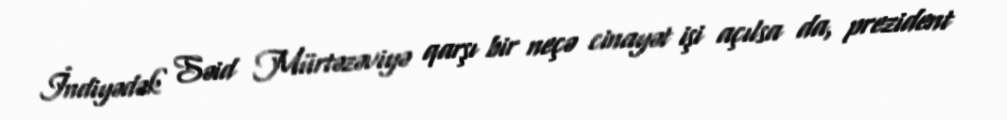
İndiyədək Səid Mürtəzəviyə qarşı bir neçə cinayət işi açılsa da, prezident